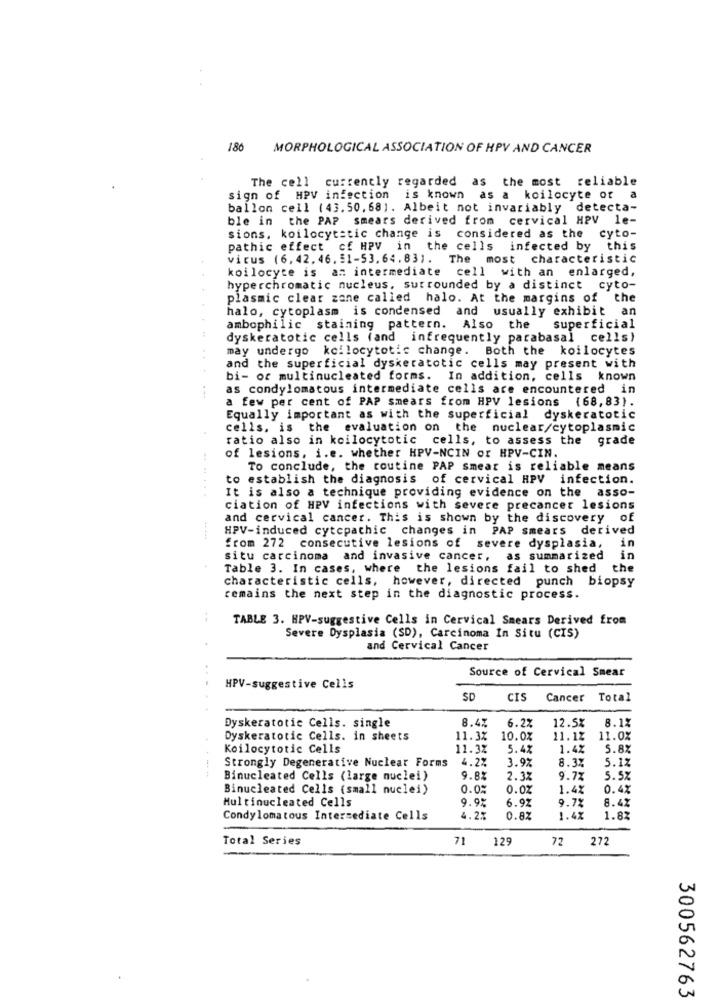
186
MORPHOLOGICAL ASSOCIATION OF HPV AND CANCER
The cell currently regarded as the most reliable
sign of HPV infection is known as a koilocyte of
a
ballon cell (43.50, 68]. Albeit not invariably "detecta-
ble in the PAP smears derived from cervical HPV le-
sions, koilocytatic change is considered as the cyto-
pathic effect cf HPV in the cells infected by this
virus (6, 42, 46, 81-53, 64.83). The most characteristic
koilocyte is an intermediate
cell with an enlarged,
hyperchromatic nucleus, surrounded by a distinct cyto-
plasmic clear zane called halo. At the margins of the
halo, cytoplasm is condensed and usually exhibit an
:
ambophilic staining pattern. Also the superficial
dyskeratotic cells (and infrequently parabasal cells)
may undergo kcilocytotic change. Both the koilocytes
and the superficial dyskeratotic cells may present with
bi- or multinucleated forms. In addition, cells known
as condylomatous intermediate cells are encountered in
a few per cent of PAP smears from HPV lesions (68,83).
Equally important as with the superficial dyskeratotic
cells, is the evaluation on the nuclear/cytoplasmic
ratio also in koilocytotic cells, to assess the grade
of lesions, i.e. whether HPV-NCIN or HPV-CIN.
To conclude, the routine PAP smear is reliable means
to establish the diagnosis of cervical HPV infection.
It is also a technique providing evidence on the asso-
ciation of HPV infections with severe precancer lesions
and cervical cancer. This is shown by the discovery of
HPV-induced cytcpathic changes in PAP smears derived
in
from 272 consecutive lesions of severe dysplasia,
situ carcinoma and invasive cancer, as summarized
in
Table 3. In cases, where the lesions fail to shed the
characteristic cells, however, directed punch biopsy
remains the next step in the diagnostic process.
TABLE 3. HPV-suggestive Cells in Cervical Smears Derived from
Severe Dysplasia (SD), Carcinoma In Situ (CIS)
and Cervical Cancer
Source of Cervical Smear
HPV-suggestive Cells
SD
CIS
Cancer Total
8.1%
Dyskeratotic Cells. single
8.4%
6.2%
12.5%
Dyskeratotic Cells. in sheets
11.3% 10.0%
11.12
11.0%
Koilocytotic Cells
11.3%
5.4%
1.4%
5.8%
Strongly Degenerative Nuclear Forms
4.2%
3.9%
8.3%
5.1%
Binucleated Cells (large nuclei)
9.8%
2.3%
9.72
5.5%
Binucleated Cells (small nuclei)
0.0%
0.0%
1.4%
0.4%
Multinucleated Cells
9.9%
9.7%
8.4%
6.92
Condylomatous Intermediate Cells
4.2%
0.8%
1.47
1.8%
Total Series
71
129
72
272
300562763